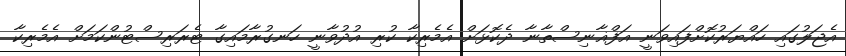
އެޖަލުގައި ހައްޔަރުކޮށްފައިވަނީ އަފްޣާނިސްތާނާ ދެކޮޅަށް އެމެރިކާ ކުރި އުދުވާނީ ހަނގުރާމައިގާ ޓެރަރިސްޓުންކަމަށް އެމެރިކާ